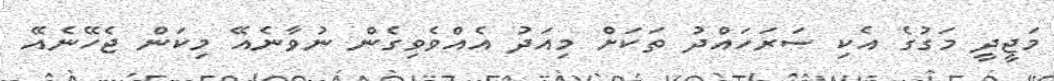
މަޖީދީ މަގުގެ އެކި ސަރަހައްދު ތަކަށް މިއަދު އެއްވެވިގެން ނުވާނެއޭ މިކަން ޖެހޭނެއޭ